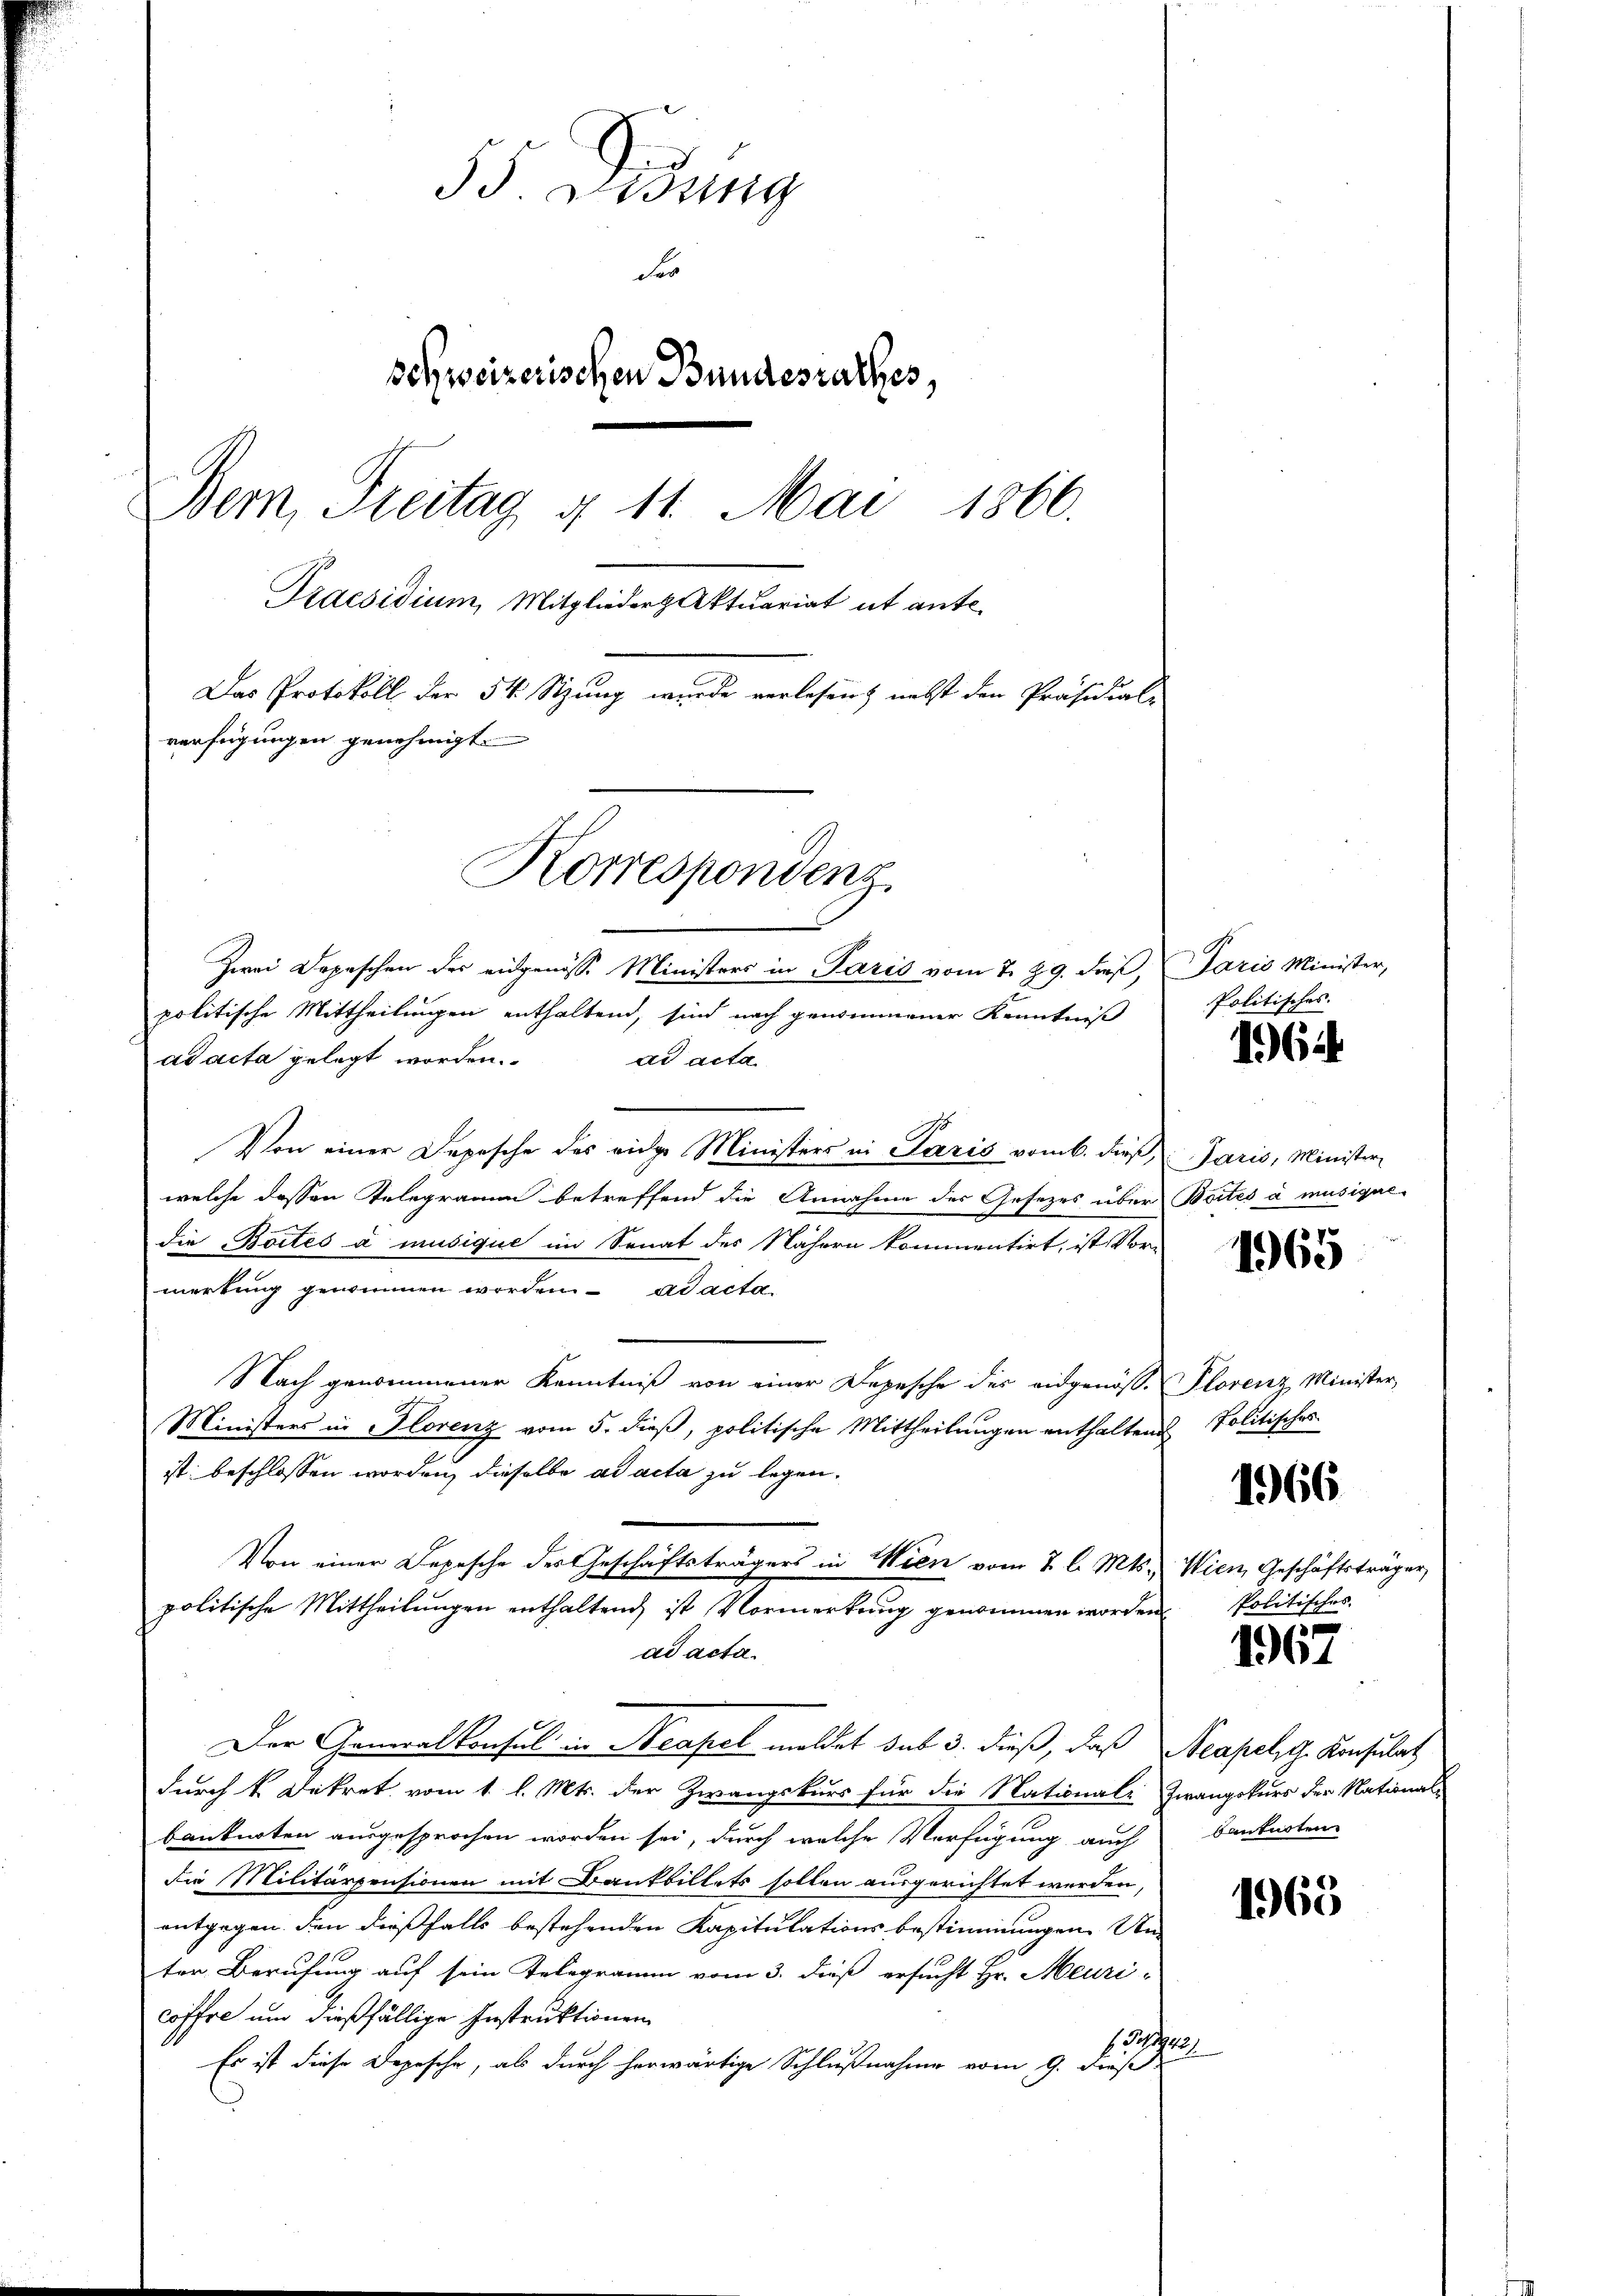
55 Lidung
Fe
schweizerischen Bundesrathes
Bern, Treitag § 11. Mai 1866.
Praesidium, Mitglieder Aktuariat it ante
Das Protokoll der 54 Stzung wurde verlesen, nebst den Präsidial-
verfügungen genehmigt.
Korrespondenz.

Zwei Depeschen der eidgenösse Ministers in Paris vom 7. 29. dieß, Paris Minister,
politische Mittheilungen enthaltend, sind nach genommener Kenntniß
ad acta gelegt worden. ad acta
Von einer Depesche des eidge Ministers in Paris vom 6. dieβ, Paris, Minister
welche dessen Telegramm betreffend die Annahme des Gesezes über Boites à musigal-
die Boites a musique im Senat des Nähern kommentirt, ist Vor-
merkung genommen worden. ad acta
Nach genommener Kenntniß von einer Depesche des eidgenöss. Plorenz Minister,
Ministers in Florenz vom 5. dieβ, politische Mittheilungen enthaltend Politisches
ist beschlossen worden, dieselbe ad acta zu legen.
Von einer Depesche der Geschäftsträgers in Wien vom 7 l. Mts. Wien Geschäftsträger
politische Mittheilungen enthaltend ist Vormerkung genommen worden.
ad acta.
Der Generalkonsul in Neapel meldet sub 3. dieß, daß Neapel, G. Konsulat
durch k. Dekret vom 1. l. Mts. der Zwangskurs für die National- Zwangskurs der Nationalbanknoten ausgesprochen worden sei, durch welche Verfügung auch banknoten
die Militärpensionen mit Bankbillets sollen ausgerichtet werden,
entgegen. Den dießfalls bestehenden Kapitulations bestimmungen Un
ter Berufung auf sein Telegramm vom 3. dieß ersucht Hr. Meuri-
coffre und dießfällige Instruktionen
131442
Es ist diese Depesche, als durch herwärtige Schlußnahme vom 9. dieß

Politisches.

1964

1965

1966

Politisches.

1967

1963